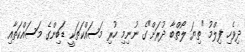
ދިވެހި ފިލްމު "ތިޔަ ލޯތްބާ ދުރަށް"ގެ ނުނިމި ހުރި މަސައްކަތަކީ ޑަބިންގެ މަސައްކަތާއި